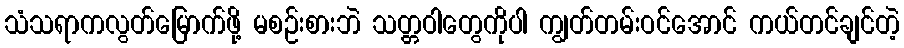
သံသရာကလွတ်မြောက်ဖို့ မစဉ်းစားဘဲ သတ္တဝါတွေကိုပါ ကျွတ်တမ်းဝင်အောင် ကယ်တင်ချင်တဲ့